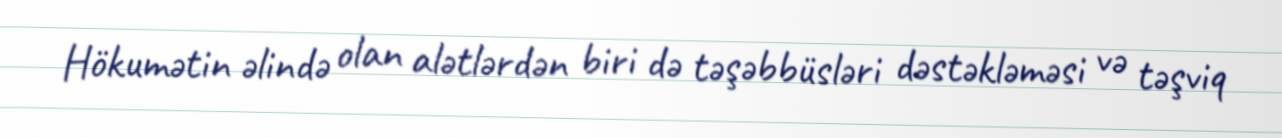
Hökumətin əlində olan alətlərdən biri də təşəbbüsləri dəstəkləməsi və təşviq